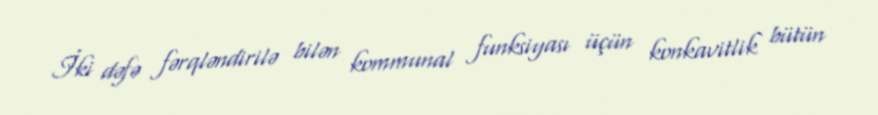
İki dəfə fərqləndirilə bilən kommunal funksiyası üçün konkavitlik bütün